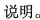
说明。